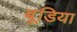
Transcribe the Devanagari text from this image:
बूडिया